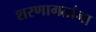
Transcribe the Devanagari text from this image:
शरणागतांना